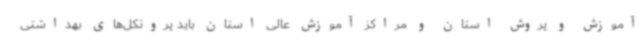
آموزش و پروش استان و مراکز آموزش عالی استان باید پروتکل‌های بهداشتی